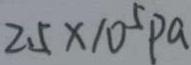
2 . 5 \times 1 0 ^ { 5 } P a